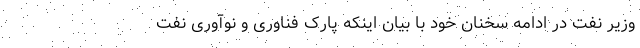
وزیر نفت در ادامه سخنان خود با بیان اینکه پارک فناوری و نوآوری نفت